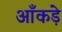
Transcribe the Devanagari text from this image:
आँकडे़